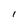
Character: l